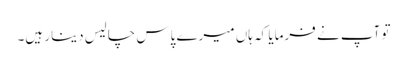
تو آپ نے فرمایا کہ ہاں میرے پاس چالیس دینار ہیں۔